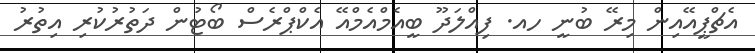
އެޗްޕީއޭއިން މިރޭ ބުނީ ހއ. ފިއްލަދޫ ބީއެމްއެމްއޭ އެކްޕްރެސް ބޯޓުން ދަތުރުކުރި އިތުރު